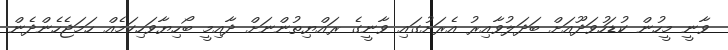
ވާނީ މީހުން ކުޑަހުވަދޫއަށް ބަދަލުވާއިރު އެރަށުގައި ވާނީގެ ރައްޔިތުންނަށް ދާއިމީ ބޯހިޔާވަހިކަމެއް ހަމަޖެހެންދެން